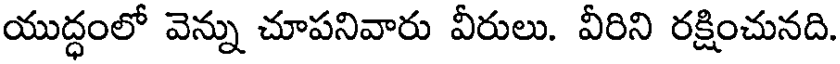
యుద్ధంలో వెన్ను చూపనివారు వీరులు. వీరిని రక్షించునది.